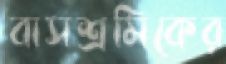
বাসশ্রমিকের